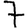
Digit: 7